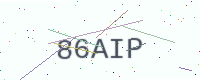
Text: 86AIP